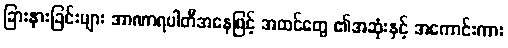
ခြားနားခြင်းများ အာဏာရပါတီအနေဖြင့် အထင်တွေ ၏အဆုံးနှင့် အကောင်းကား